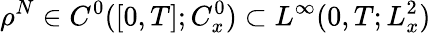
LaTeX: \rho^{N}\in C^{0}([0,T];C_{x}^{0})\subset L^{\infty}(0,T;L_{x}^{2})